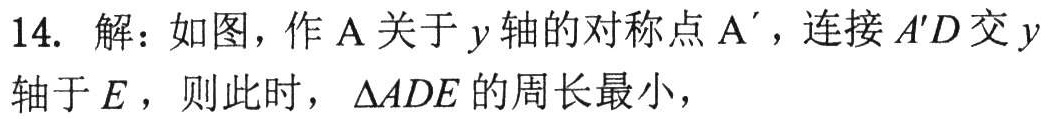
14. 解：如图，作\(A\)关于\(y\)轴的对称点\(A'\)，连接\(A'D\)交\(y\)轴于\(E\)，则此时，\(\triangle ADE\)的周长最小，